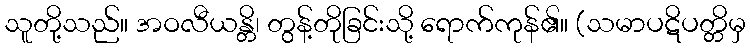
သူတို့သည်။ အဝလီယန္တိ၊ တွန့်တိုခြင်းသို့ ရောက်ကုန်၏။ (သမာပဋိပတ္တိမှ